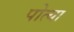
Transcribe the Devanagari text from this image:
पोत्या